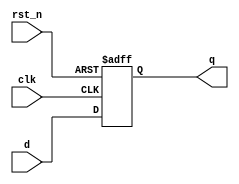
module register (
    input wire clk,         // Clock input
    input wire rst_n,      // Active-low reset
    input wire [3:0] d,    // 4-bit data input
    output reg [3:0] q     // 4-bit data output (register value)
);

// Always block for synchronous logic
always @(posedge clk or negedge rst_n) begin
    if (!rst_n) begin
        // Asynchronous reset
        q <= 4'b0000;      // Reset register to 0
    end else begin
        // Non-blocking assignment for concurrent execution
        q <= d;            // Update register with input data
    end
end

endmodule